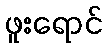
ဖူးရောင်